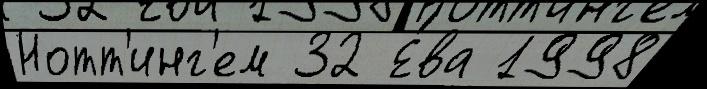
Нотт'инг'ем 32 Е́ва 1998